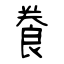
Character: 飬